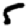
Digit: 5